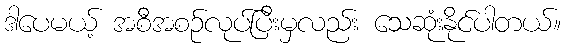
ဒါပေမယ့် အစီအစဉ်လုပ်ပြီးမှလည်း သေဆုံးနိုင်ပါတယ်။